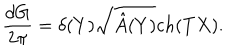
{ \frac { d G } { 2 \pi } } = \delta ( Y ) \sqrt { \hat { A } ( Y ) } c h ( T X ) .